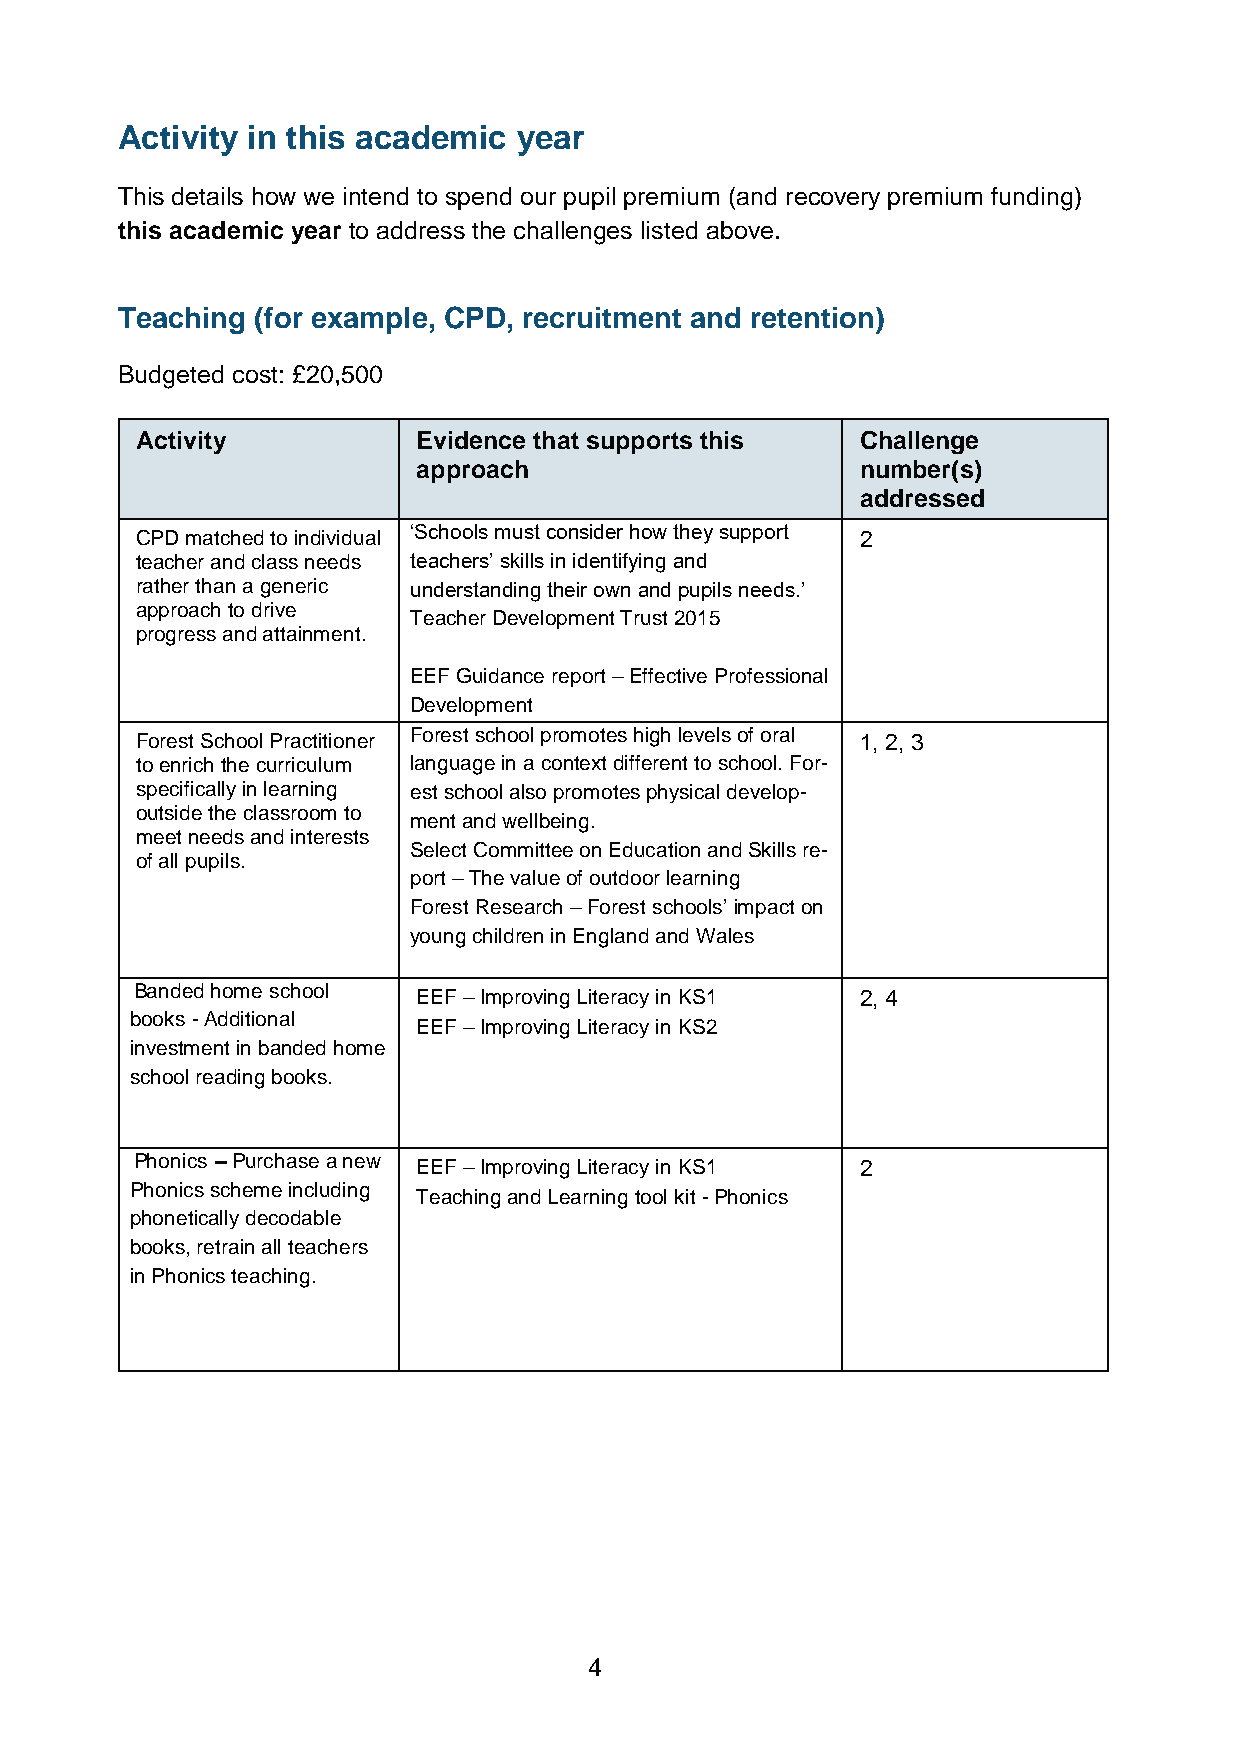
Activity in this academic year
 This details how we intend to spend our pupil premium (and recovery premium funding)
 this academic year to address the challenges listed above.
 Teaching (for example, CPD, recruitment and retention)
 Budgeted cost: £20,500
 Activity           Evidence that supports this  Challenge
 approach                     number(s)
 addressed
 CPD matched to individual ‘Schools must consider how they support 2
 teacher and class needs teachers’ skills in identifying and
 rather than a generic understanding their own and pupils needs.’
 approach to drive
 Teacher Development Trust 2015
 progress and attainment.
 EEF Guidance report – Effective Professional
 Development
 Forest School Practitioner Forest school promotes high levels of oral 1, 2, 3
 to enrich the curriculum language in a context different to school. For-
 specifically in learning est school also promotes physical develop-
 outside the classroom to
 ment and wellbeing.
 meet needs and interests
 Select Committee on Education and Skills re-
 of all pupils.
 port – The value of outdoor learning
 Forest Research – Forest schools’ impact on
 young children in England and Wales
 Banded home school EEF – Improving Literacy in KS1 2, 4
 books - Additional
 EEF – Improving Literacy in KS2
 investment in banded home
 school reading books.
 Phonics – Purchase a new
 EEF – Improving Literacy in KS1 2
 Phonics scheme including
 Teaching and Learning tool kit - Phonics
 phonetically decodable
 books, retrain all teachers
 in Phonics teaching.
 4